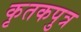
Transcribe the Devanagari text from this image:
कृतकपुत्र